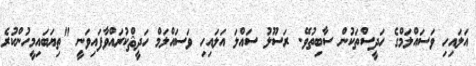
އަަލައިހި ވަސައްލަމްގެ ހަދީސްތަކުން ސާބިތުވޭ. ރަސޫލު ސައްލަ އަަލައިހި ވަސައްލަމް ހަދީޘްކުރައްވާފައިވަނީ "ތިޔަބައިމީހުންކުރެ